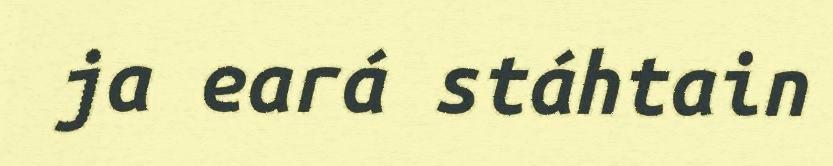
ja eará stáhtain